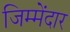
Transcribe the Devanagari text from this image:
जिम्मेंदार